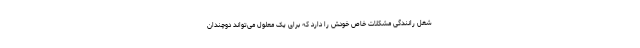
شغل رانندگی مشکلات خاص خودش را دارد که برای یک معلول می‌تواند دوچندان